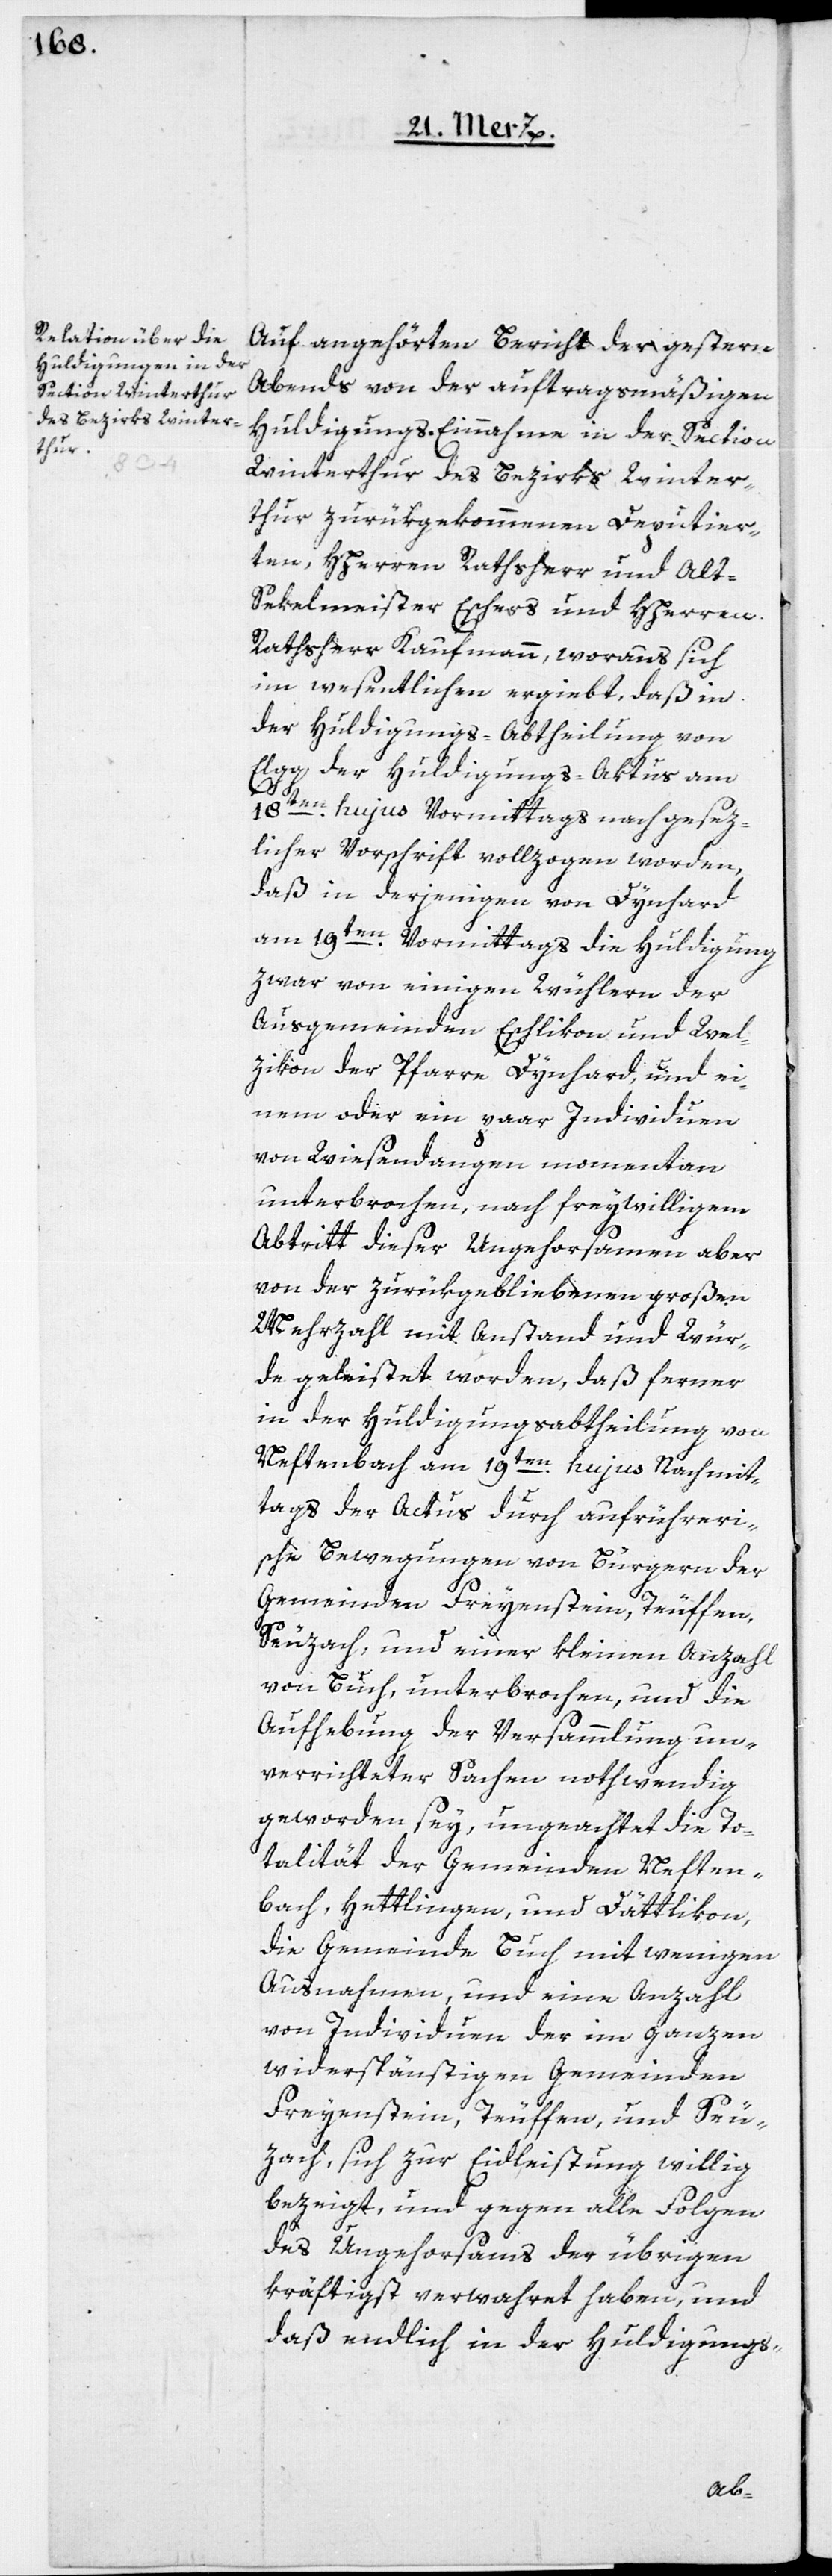
Auf angehörten Bericht der gestern
Abends von der auftragsmäßigen
Huldigungs-Einnahme in der Section
Winterthur des Bezirks Winter¬
thur zurückgekommenen Deputier¬
ten, HHerren Rathsherr und Alt-S¬
ekelmeister Eschers und Herren
Rathsherr Kaufmann, woraus sich
im wesentlichen ergiebt, daß in
der Huldigungs-Abtheilung von
Elgg der Huldigungs-Aktus am
18ten hujus Vormittags nach gesez¬
licher Vorschrift vollzogen worden,
daß in derjenigen von Dynhard
am 19ten Vormittags die Huldigung
zwar von einigen Wühlern der
Ausgemeinden Eschlikon und Wel¬
zikon der Pfarre Dynhard, und ei¬
nem oder ein paar Individuen
von Wiesendangen momentan
unterbrochen, nach freywilligem
Abtritt dieser Ungehorsamen aber
von der zurükgebliebenen großen
Mehrzahl mit Anstand und Wür¬
de geleistet worden, daß ferner
in der Huldigungsabtheilung von
Neftenbach am 19ten hujus Nachmit¬
tags der Actus durch aufrühreri¬
sche Bewegungen von Bürgern der
Gemeinden Freyenstein, Teuffen,
Seuzach, und einer kleinen Anzahl
von Buch, unterbrochen, und die
Aufhebung der Versammlung un¬
verrichteter Sachen nothwendig
geworden sey, ungeachtet die To¬
talität der Gemeinden Neften¬
bach, Hettlingen und Dättlikon,
die Gemeinde Buch mit wenigen
Ausnahmen, und eine Anzahl
von Individuen der im ganzen
widerspänstigen Gemeinden
Freyenstein, Teuffen und Seu¬
zach, sich zur Eidleistung willig
bezeigt, und gegen alle Folgen
des Ungehorsams der übrigen
kräftigst verwahret haben, und
daß endlich in der Huldigungs-